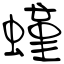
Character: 螼